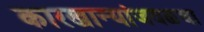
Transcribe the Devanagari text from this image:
कारखान्यांजवळचा